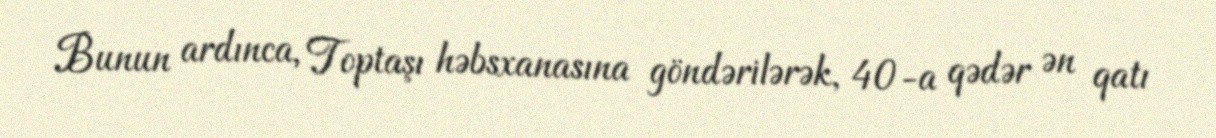
Bunun ardınca, Toptaşı həbsxanasına göndərilərək, 40-a qədər ən qatı